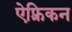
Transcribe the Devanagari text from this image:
ऐफ़्रिकन